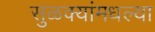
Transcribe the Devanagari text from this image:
सुळक्यांमधल्या